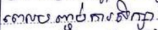
ពេលបញ្ចប់ការសិក្សា